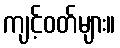
ကျင့်ဝတ်များ။